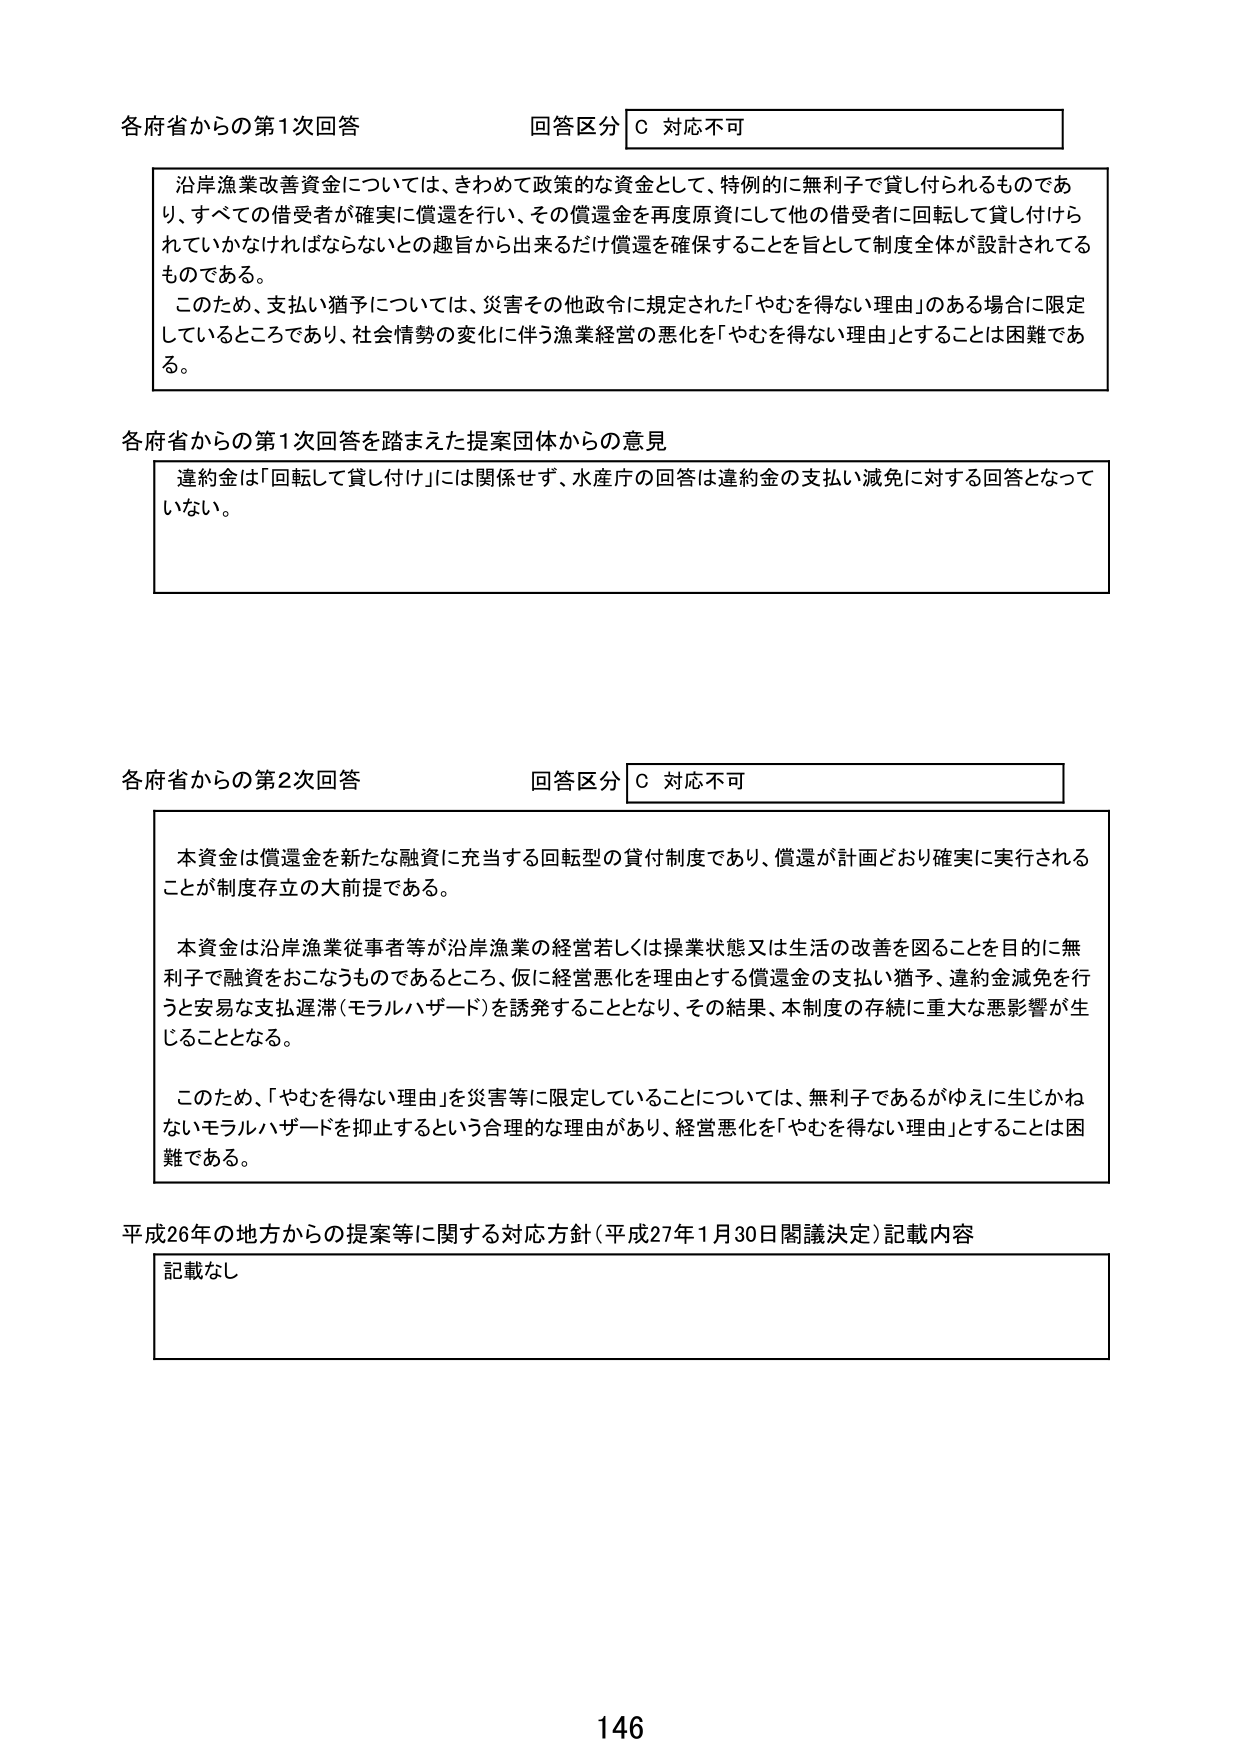
各府省からの第1次回答 回答区分 C 対応不可

沿岸漁業改善資金については、きわめて政策的な資金として、特例的に無利子で貸し付けられるものであり、すべての借受者が確実に償還を行い、その償還金を再度原資にして他の借受者に回転して貸し付けられていかなければならないとの趣旨から出来るだけ償還を確保することを旨として制度全体が設計されているものである。

このため、支払い猶予については、災害その他政令に規定された「やむを得ない理由」のある場合に限定しているところであり、社会情勢の変化に伴う漁業経営の悪化を「やむを得ない理由」とすることは困難である。

各府省からの第1次回答を踏まえた提案団体からの意見

違約金は「回転して貸し付け」には関係せず、水産庁の回答は違約金の支払い減免に対する回答となっていない。

各府省からの第2次回答 回答区分 C 対応不可

本資金は償還金を新たな融資に充当する回転型の貸付制度であり、償還が計画どおり確実に実行されることが制度存立の大前提である。

本資金は沿岸漁業従事者等が沿岸漁業の経営若しくは操業状態又は生活の改善を図ることを目的に無利子で融資をおこなうものであるところ、仮に経営悪化を理由とする償還金の支払い猶予、違約金減免を行うと安易な支払遅滞（モラルハザード）を誘発することとなり、その結果、本制度の存続に重大な悪影響が生じることとなる。

このため、「やむを得ない理由」を災害等に限定していることについては、無利子であるがゆえに生じかねないモラルハザードを抑止するという合理的な理由があり、経営悪化を「やむを得ない理由」とすることは困難である。

平成26年の地方からの提案等に関する対応方針（平成27年1月30日閣議決定）記載内容

記載なし

146